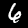
Digit: 6